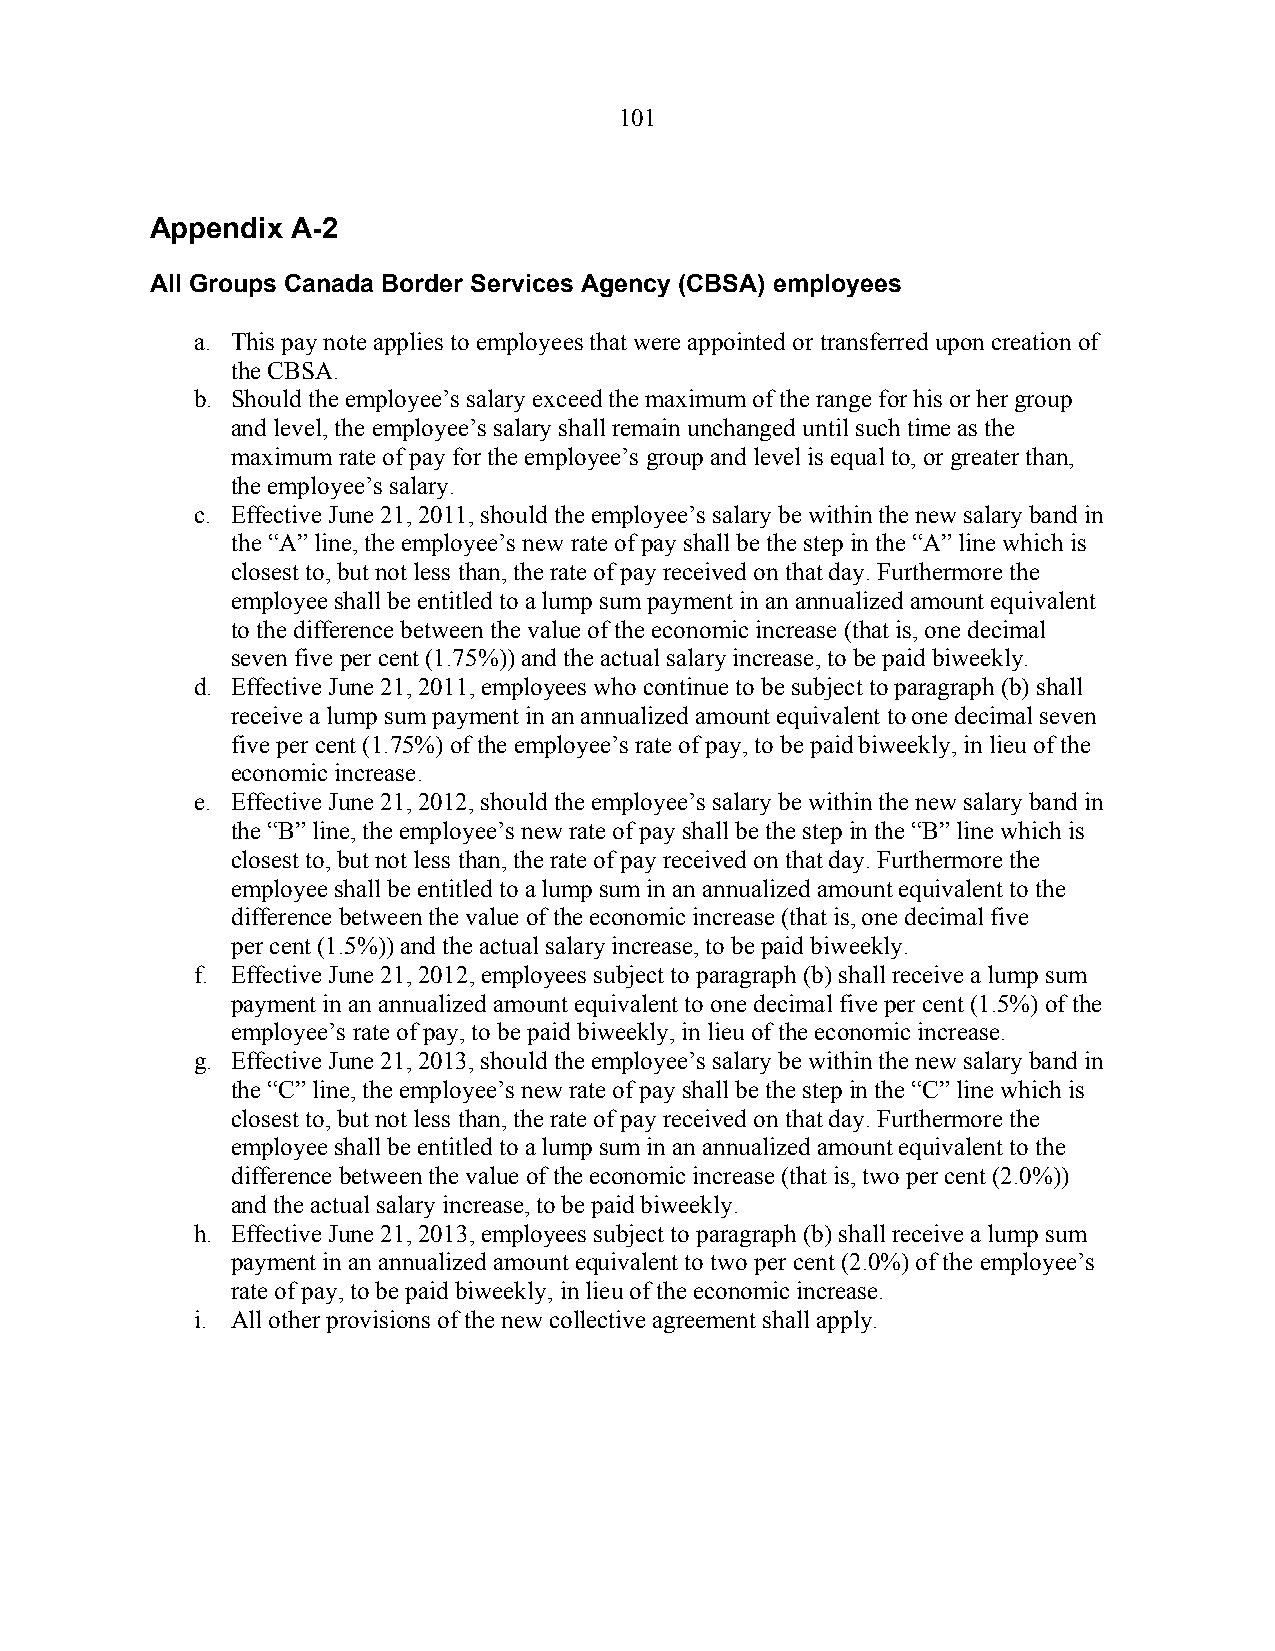
101
 Appendix A-2
 All Groups Canada Border Services Agency (CBSA) employees
 a. This pay note applies to employees that were appointed or transferred upon creation of
 the CBSA.
 b. Should the employee’s salary exceed the maximum of the range for his or her group
 and level, the employee’s salary shall remain unchanged until such time as the
 maximum rate of pay for the employee’s group and level is equal to, or greater than,
 the employee’s salary.
 c. Effective June 21, 2011, should the employee’s salary be within the new salary band in
 the “A” line, the employee’s new rate of pay shall be the step in the “A” line which is
 closest to, but not less than, the rate of pay received on that day. Furthermore the
 employee shall be entitled to a lump sum payment in an annualized amount equivalent
 to the difference between the value of the economic increase (that is, one decimal
 seven five per cent (1.75%)) and the actual salary increase, to be paid biweekly.
 d. Effective June 21, 2011, employees who continue to be subject to paragraph (b) shall
 receive a lump sum payment in an annualized amount equivalent to one decimal seven
 five per cent (1.75%) of the employee’s rate of pay, to be paid biweekly, in lieu of the
 economic increase.
 e. Effective June 21, 2012, should the employee’s salary be within the new salary band in
 the “B” line, the employee’s new rate of pay shall be the step in the “B” line which is
 closest to, but not less than, the rate of pay received on that day. Furthermore the
 employee shall be entitled to a lump sum in an annualized amount equivalent to the
 difference between the value of the economic increase (that is, one decimal five
 per cent (1.5%)) and the actual salary increase, to be paid biweekly.
 f. Effective June 21, 2012, employees subject to paragraph (b) shall receive a lump sum
 payment in an annualized amount equivalent to one decimal five per cent (1.5%) of the
 employee’s rate of pay, to be paid biweekly, in lieu of the economic increase.
 g. Effective June 21, 2013, should the employee’s salary be within the new salary band in
 the “C” line, the employee’s new rate of pay shall be the step in the “C” line which is
 closest to, but not less than, the rate of pay received on that day. Furthermore the
 employee shall be entitled to a lump sum in an annualized amount equivalent to the
 difference between the value of the economic increase (that is, two per cent (2.0%))
 and the actual salary increase, to be paid biweekly.
 h. Effective June 21, 2013, employees subject to paragraph (b) shall receive a lump sum
 payment in an annualized amount equivalent to two per cent (2.0%) of the employee’s
 rate of pay, to be paid biweekly, in lieu of the economic increase.
 i. All other provisions of the new collective agreement shall apply.